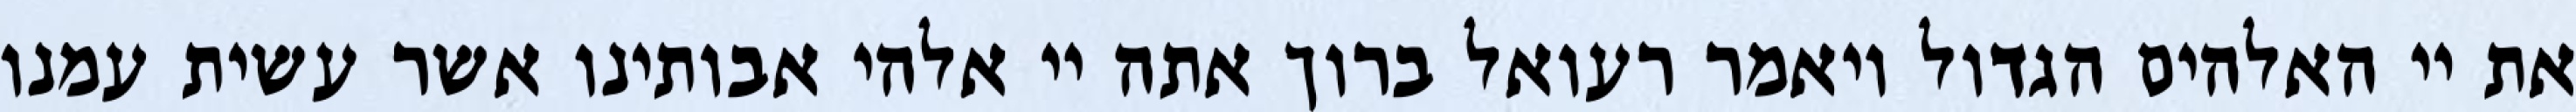
את יי האלהים הגדול ויאמר רעואל ברוך אתה יי אלהי אבותינו אשר עשית עמנו